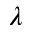
\lambda